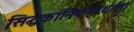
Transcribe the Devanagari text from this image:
सिद्धकानिफनाथाला